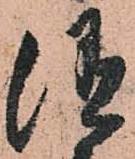
随